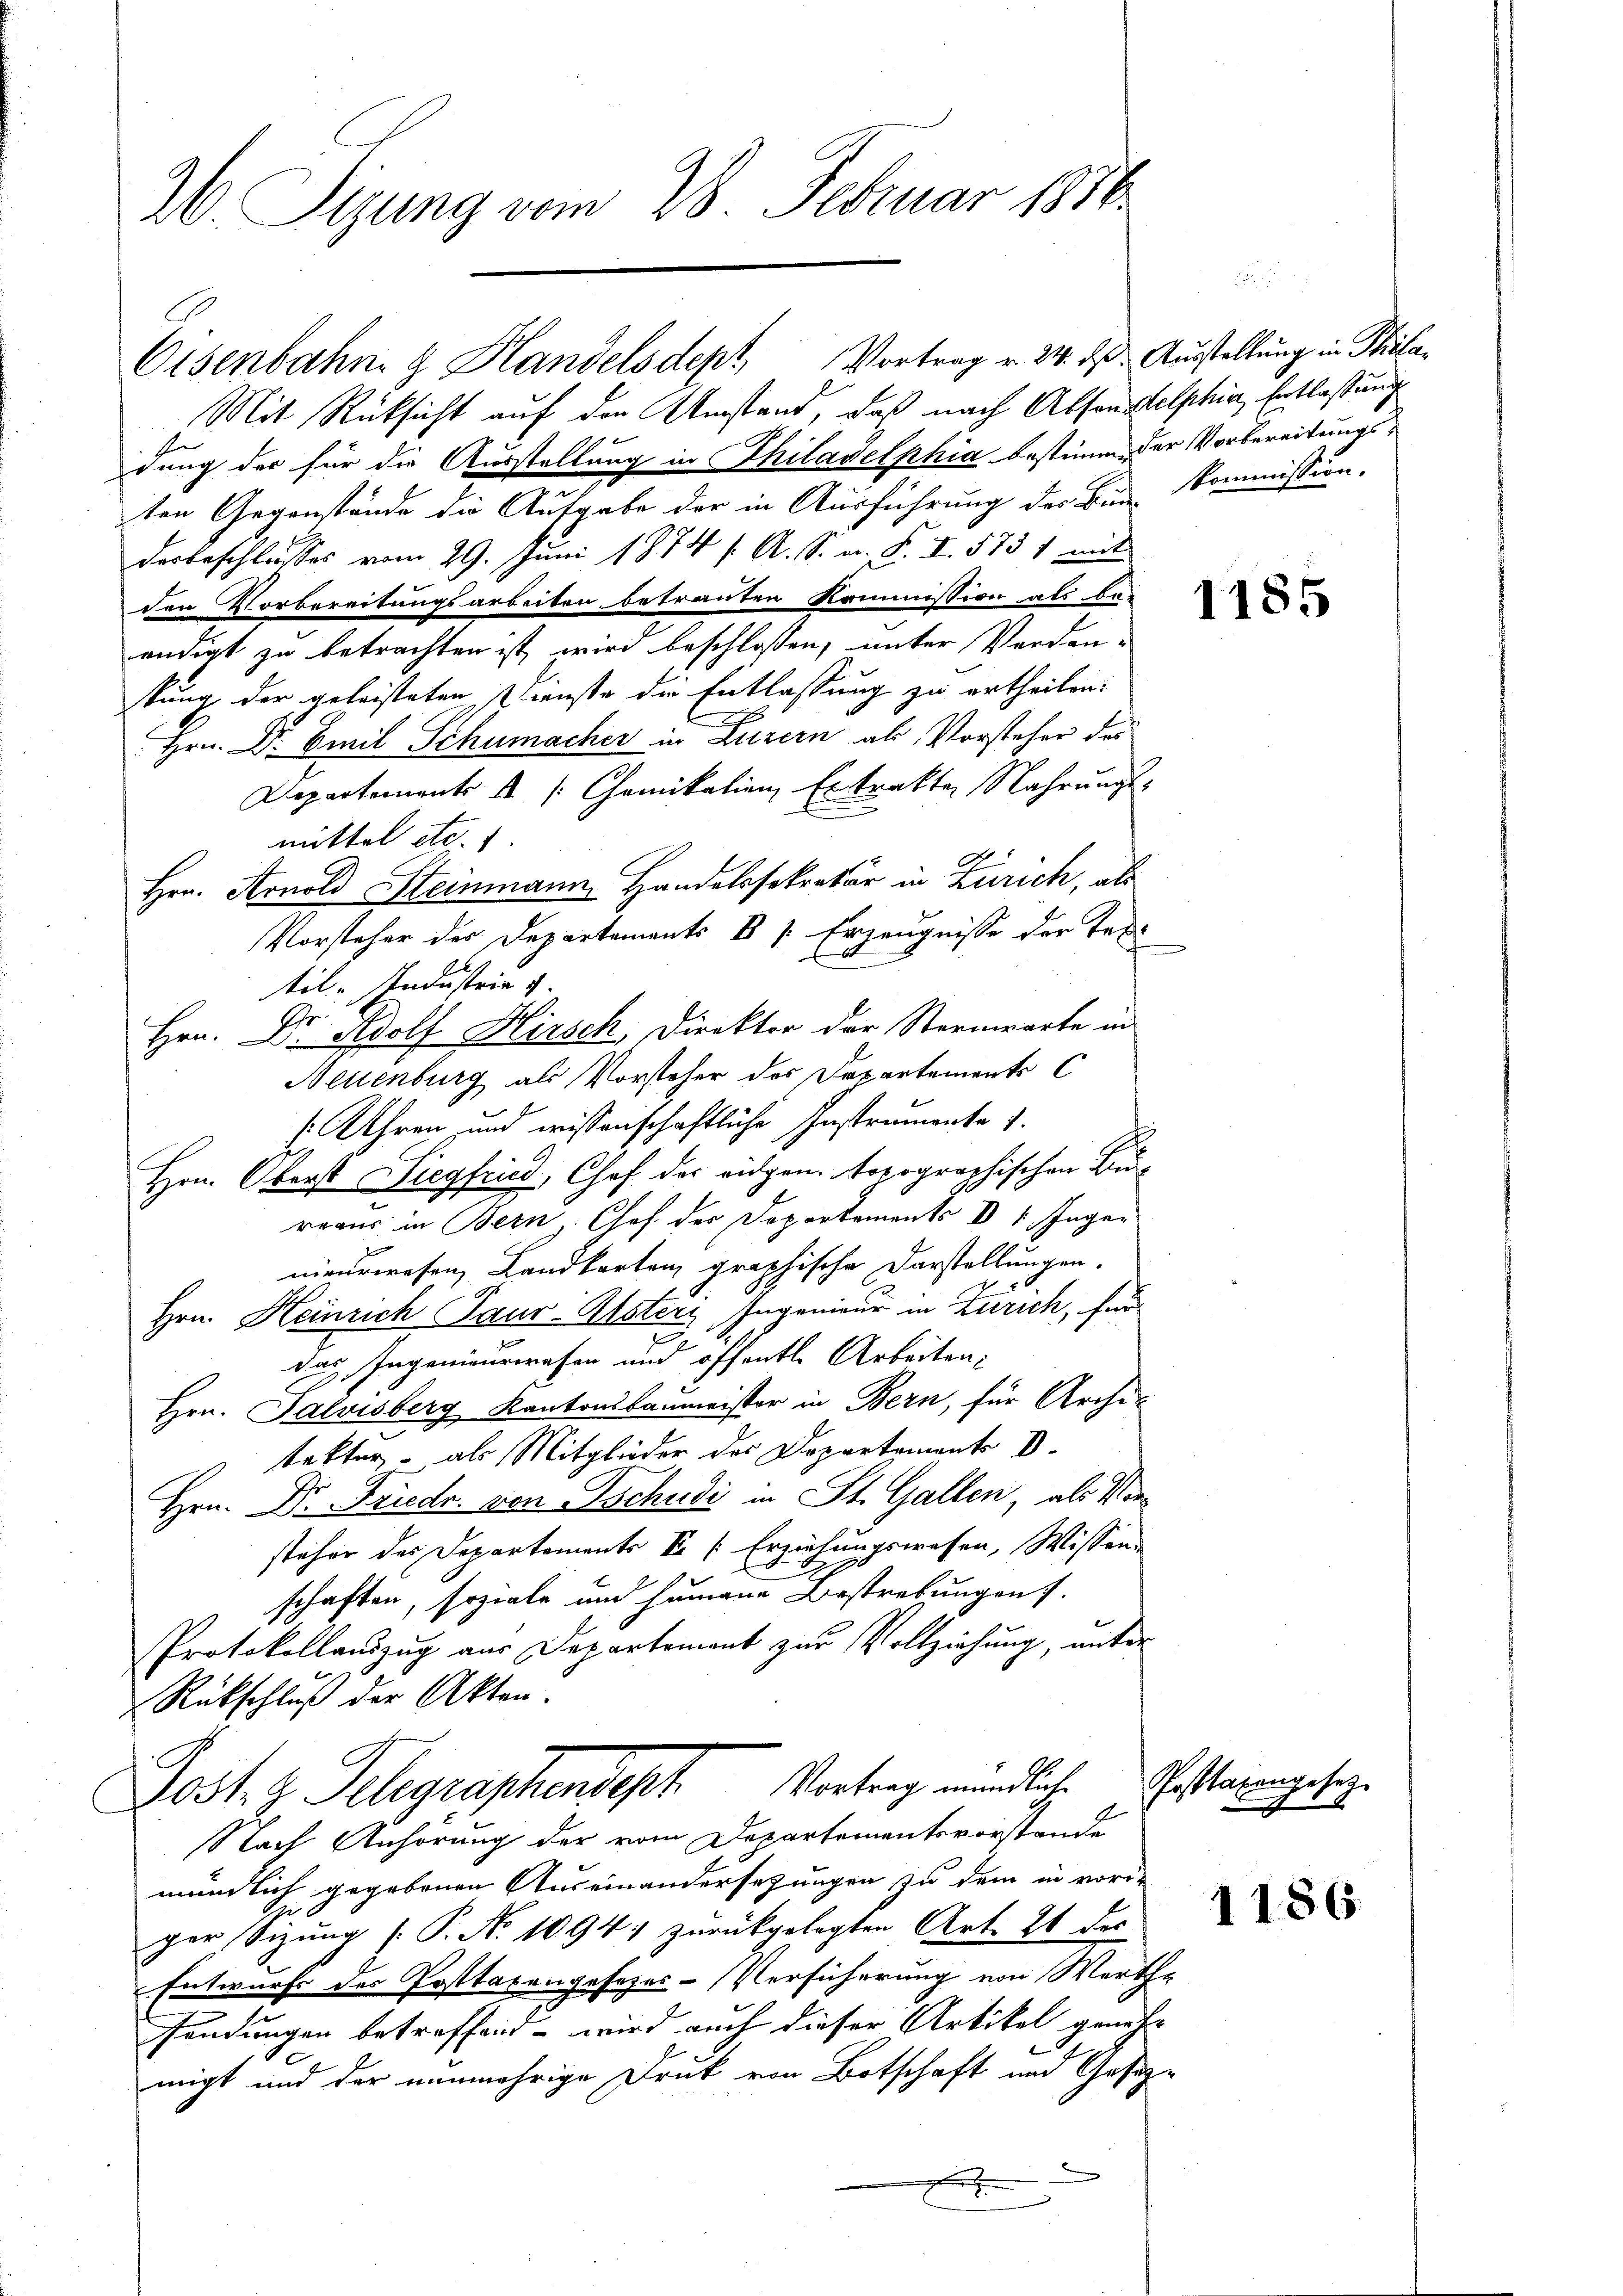
26. Sizung vom 28. Februar 1836.

Mit Rücksicht auf den Umstand, daß nach Abson telphia, Entlastung
dung der für die Ausstellung in Philavelphia bestimm der Vorbereitungsten Gegenstände die Aufgabe der in Ausführung der Bin Kommission.
desbeschlosses vom 29. Juni 1874 f. A. S. n. F. I. 573 1 mit
den Vorbereitungsarbeiten, betrauten Kommission als be-
endigt zu betrachten ist, wird beschloßen, unter Verdan-
tung der geleisteten Dienste die Entlassung zu ertheilen:
Hrn. Dr Emil Schumacher in Luzern als Vorsteher des
Departements s [Chemikation Extrakten Nahrungsmittel etc.
Hrn. Arnold Steinmann Handelssekretär in Zürich, als
Vorsteher der Departements B /: Erzeugnisse der Tex
til. Industria v.
Sch
Hrn. Dr. Adolf Kirsch, Direktor der Sternwarte in
Neuenburg als Vorsteher des Departements C
1 Uhren, und wissenschaftliche Instrumente 1.
Hrn. Oberst Siegfrid, Chef der eidgen. Topographischen Bureaus in Bern, Chef des Departements ds Ingen
nieurwesen, Landkarten, graphische Darstellungen.
Hrn. Heinrich Paur-Alsterz, Ingenieur in Zürich, für
d
das Ingenieurwesen und öffentl. Arbeiten;
Hrn. Salvisberg Kantonsbaumeister in Bern, für Architekter - als Mitglieder des Departement V.
Hrn. Dr. Friedr. von Tschudi in St. Gallen, als Vorsteher das Departements Sr [Erziehungswesen, Wissen.
schaften, soziale und humane Bestrebungen f.
PProtokollauszug aus Departemont zur Vollziehung, unter
Rückschluß der Akten.
Post z. Telegraphendest. Vortrag mündliche
Nach Anhörung der vom Departementsvorstande
mündlich gegebenen Auseinandersetzungen zu dem in voriper Sizung (: P. Nr. 1094) zurückgelegten Art. 21 des
Entwurfs des Posttaxengesezes-Versicherung von Werthe
sendungen betreffend – wird auch dieser Artikel genehmigt und der nunmehrige Druk von Botschaft und Gesezn
F

Osenbahn g Handelsdept Vortrag v. 24. ds. Ausstellung in Phila¬

1185

Posttaxengesetz

1186